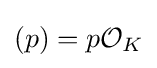
(p)=p{\mathcal {O}}_{K}